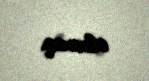
olacaq.